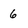
Character: 6